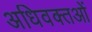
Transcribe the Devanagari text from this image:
अधिवक्तओं